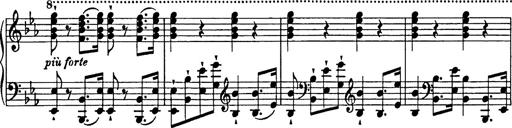
Title: Festmarsch zur SÃ¤cularfeier von Goethes Geburtstag
Composer: Franz Liszt